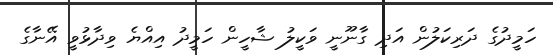
ހަމީދުގެ ދަރިކަލުން އަދި ގާނޫނީ ވަކީލު ޝާހީން ހަމީދު އިއްޔެ ވިދާޅުވީ އޭނާގެ